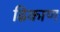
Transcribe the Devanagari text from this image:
ढिकाण